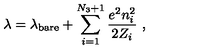
\lambda = \lambda _ { \mathrm { b a r e } } + \sum _ { i = 1 } ^ { N _ { 3 } + 1 } \frac { e ^ { 2 } n _ { i } ^ { 2 } } { 2 Z _ { i } } \ ,